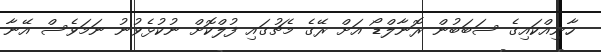
ހާނިއްކައިގެ ސަބަބުން ރޮނާލްޑޯ އަށް ރޭގެ މެޗުގައި ފުލްކޮށް ނުކުޅެވުނު ނަމަވެސް އޭނާ